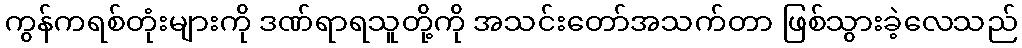
ကွန်ကရစ်တုံးများကို ဒဏ်ရာရသူတို့ကို အသင်းတော်အသက်တာ ဖြစ်သွားခဲ့လေသည်